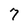
Character: 7